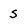
Character: s